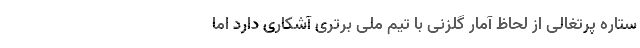
ستاره پرتغالی از لحاظ آمار گلزنی با تیم ملی برتری آشکاری دارد اما